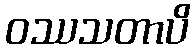
ဝဿသတာပိ